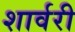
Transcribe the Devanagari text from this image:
शार्वरी